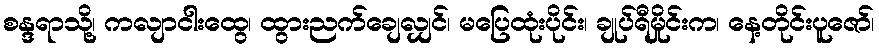
စန္ဒရာသို့၊ ကလျာငါးထွေ၊ ထွားညက်ချေလျှင်၊ မပြေထုံးပိုင်း၊ ချုပ်ရီမှိုင်းက၊ နေ့တိုင်းပူဇော်၊